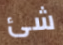
شئ